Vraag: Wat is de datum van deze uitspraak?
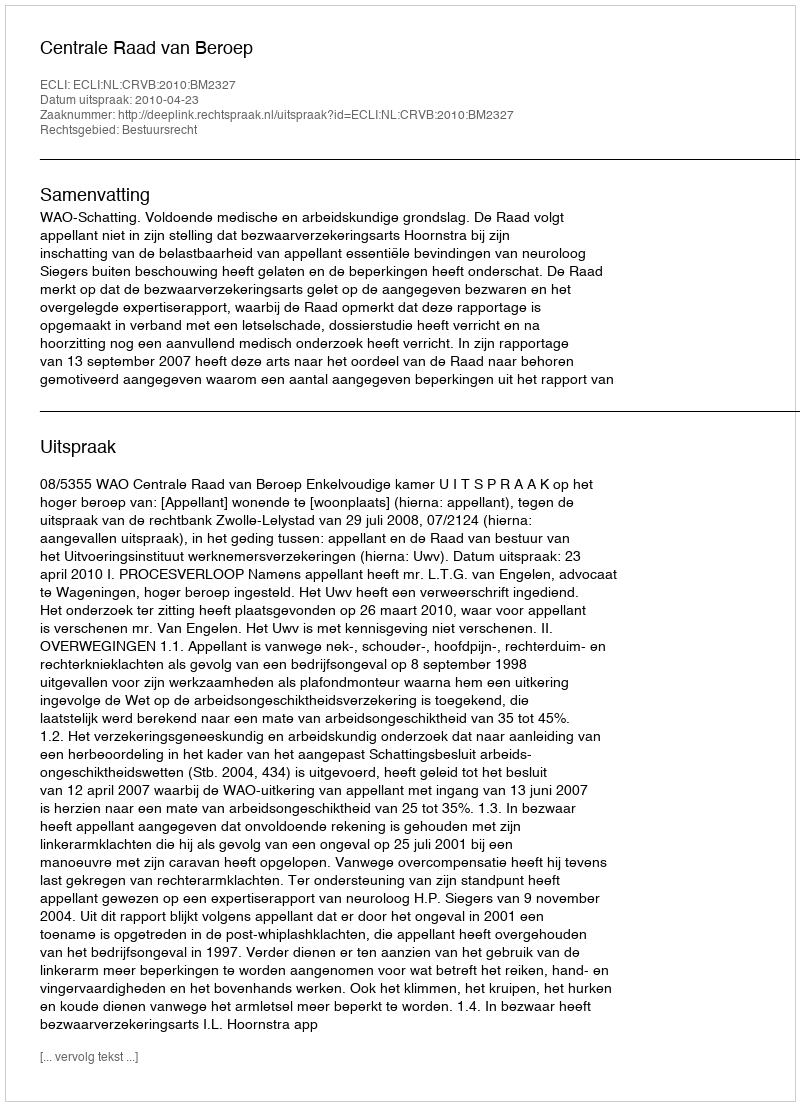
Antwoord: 2010-04-23